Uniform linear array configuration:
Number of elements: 12
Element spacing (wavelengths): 0.75
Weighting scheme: uniform
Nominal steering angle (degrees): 60
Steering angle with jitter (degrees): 59.122
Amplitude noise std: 0.05
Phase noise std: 0.05

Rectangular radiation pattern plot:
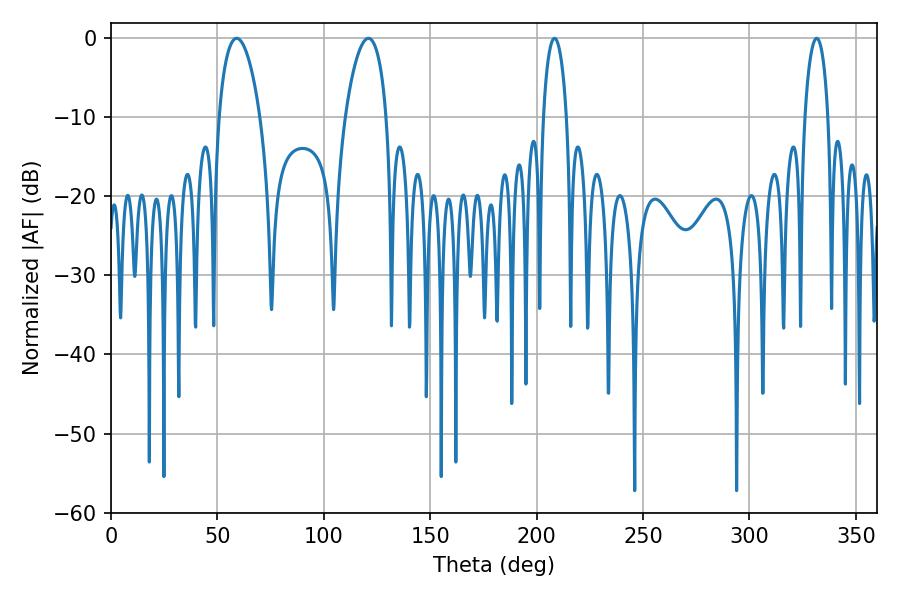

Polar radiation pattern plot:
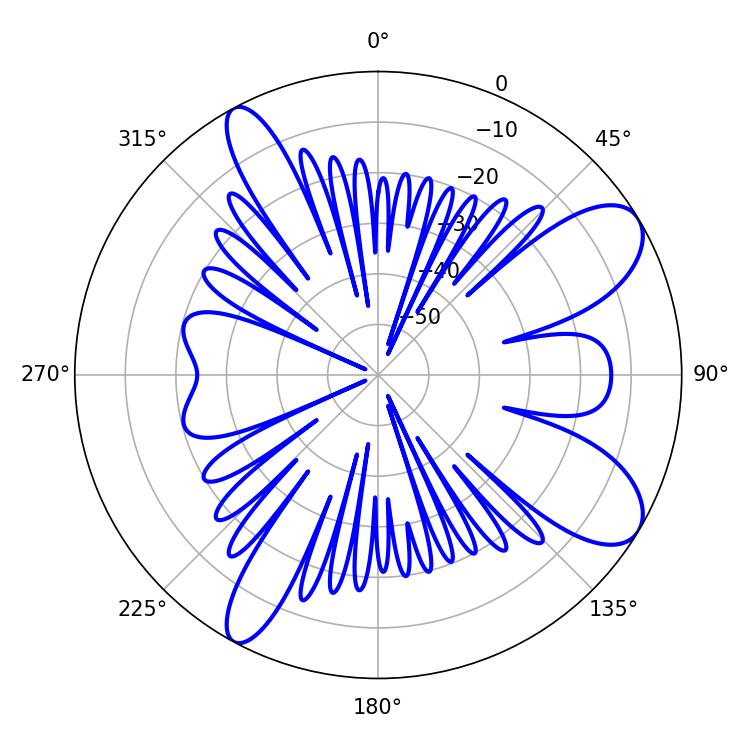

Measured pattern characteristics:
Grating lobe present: TRUE
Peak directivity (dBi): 9.182
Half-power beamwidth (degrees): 10.98
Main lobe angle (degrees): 59.04